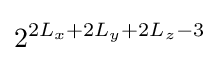
2^{2L_{x}+2L_{y}+2L_{z}-3}